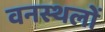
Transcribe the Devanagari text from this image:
वनस्थलों